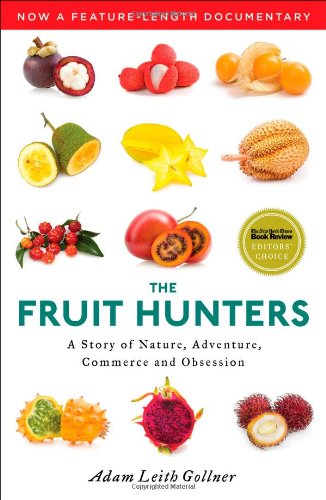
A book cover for The Fruit Hunters: A Story of Nature, Adventure, Commerce, and Obsession; Adam Leith Gollner; Cookbooks, Food & Wine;